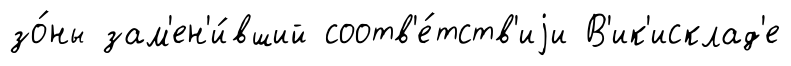
зо́ны зам'ен'и́вший соотв'е́тств'иjи В'ик'исклад'е